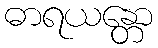
ဓာရယန္တော